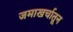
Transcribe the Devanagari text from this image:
जमाखर्चातून